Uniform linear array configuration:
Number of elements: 8
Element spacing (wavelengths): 0.75
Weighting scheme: blackman
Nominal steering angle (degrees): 0
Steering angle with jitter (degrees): -1.628
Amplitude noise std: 0.05
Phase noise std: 0.05

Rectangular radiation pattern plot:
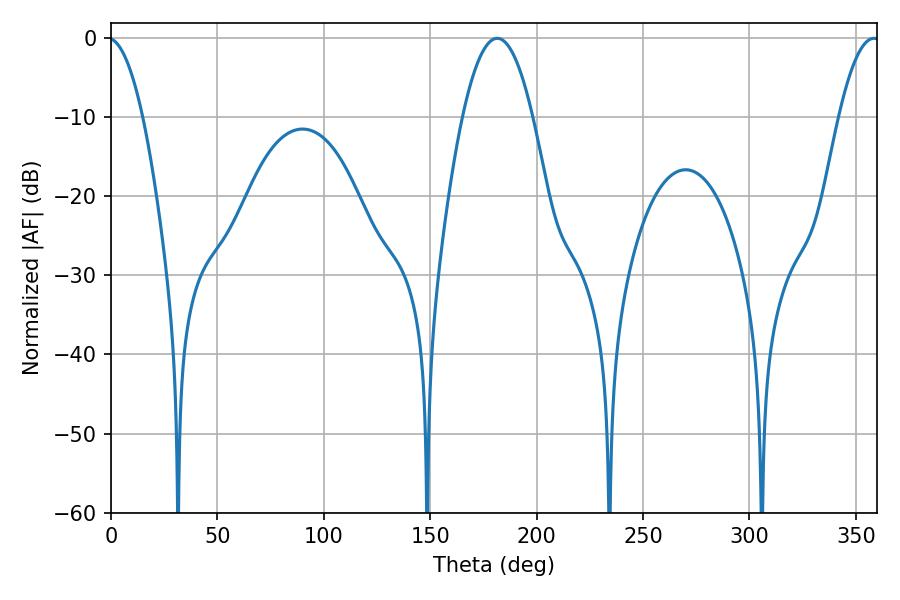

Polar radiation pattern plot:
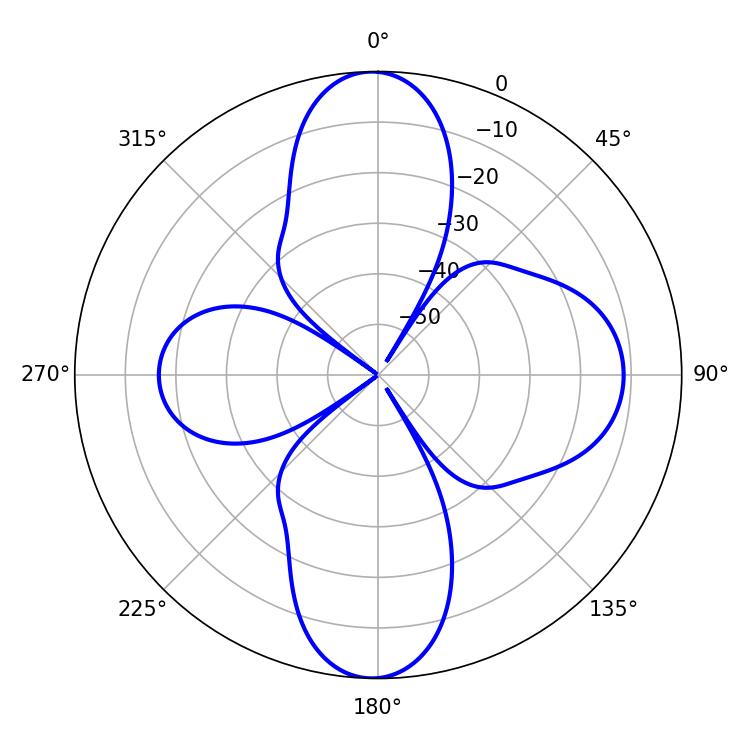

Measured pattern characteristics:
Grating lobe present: TRUE
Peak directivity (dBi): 22.41
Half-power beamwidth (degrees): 18.18
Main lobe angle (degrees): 181.44